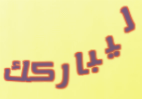
ليباركك